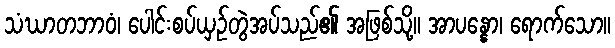
သံဃာတဘာဝံ၊ ပေါင်းစပ်ယှဉ်တွဲအပ်သည်၏ အဖြစ်သို့။ အာပန္နော၊ ရောက်သော။